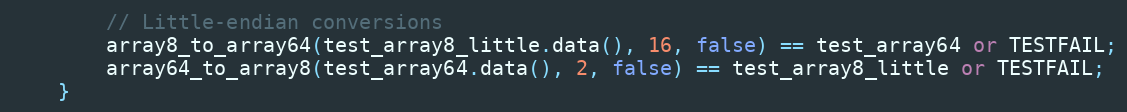
Language: C++
		// Little-endian conversions
		array8_to_array64(test_array8_little.data(), 16, false) == test_array64 or TESTFAIL;
		array64_to_array8(test_array64.data(), 2, false) == test_array8_little or TESTFAIL;
	}